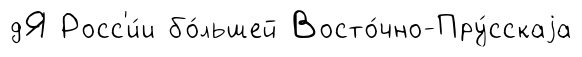
дЯ Росс'и́и бо́льшей Восто́чно-Пру́сскаjа